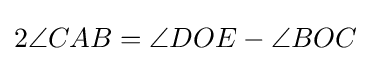
2\angle {CAB}=\angle {DOE}-\angle {BOC}